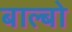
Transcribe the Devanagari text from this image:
बाल्बो